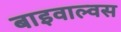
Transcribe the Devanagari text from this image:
बाइवाल्वस